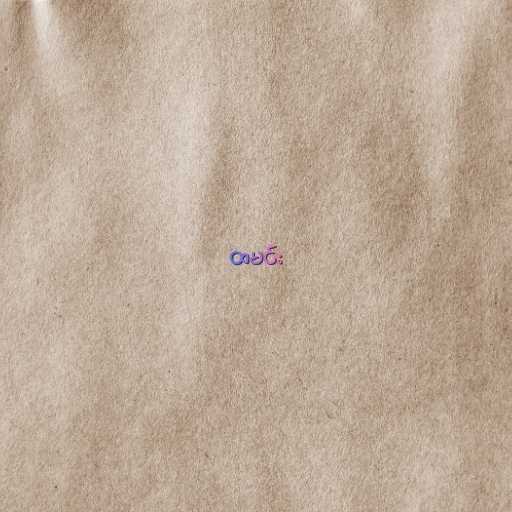
ထမင်း